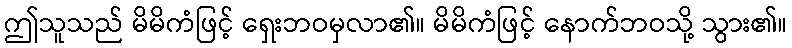
ဤသူသည် မိမိကံဖြင့် ရှေးဘဝမှလာ၏။ မိမိကံဖြင့် နောက်ဘဝသို့ သွား၏။